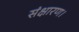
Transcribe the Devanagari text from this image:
संक्षारण।